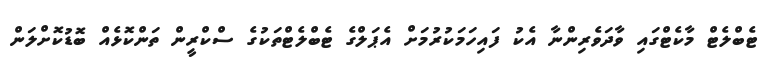
ޓެބްލެޓް މާކެޓްގައި ވާދަވެރިންނާ އެކު ފައިހަމަކުރުމަށް އެޕަލްގެ ޓެބްލެޓްތަކުގެ ސްކްރީން ތަންކޮޅެއް ބޮޑުކޮށްލަން